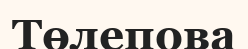
Төлепова